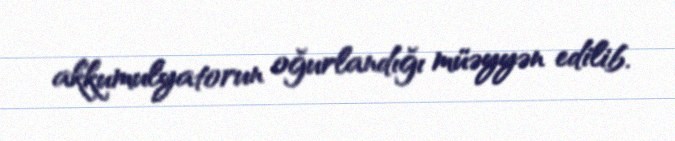
akkumulyatorun oğurlandığı müəyyən edilib.